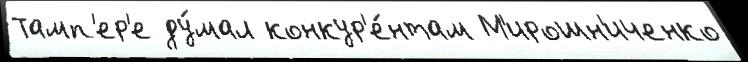
Тамп'ер'е ду́мал конкур'е́нтам М'ирошн'иченко